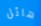
هائل